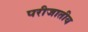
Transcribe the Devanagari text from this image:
परीजातीय